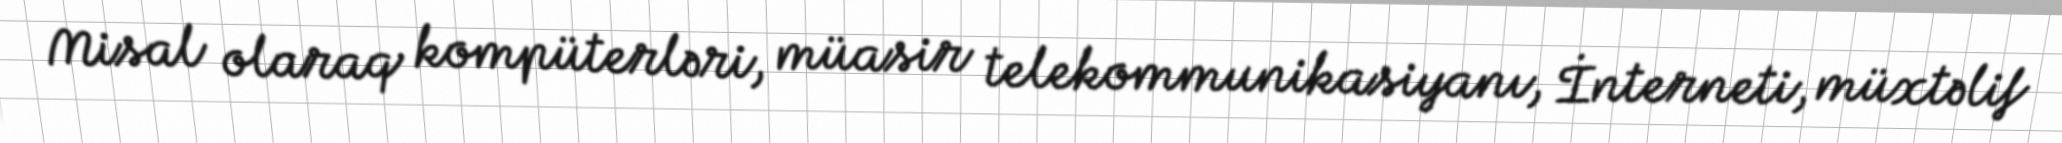
Misal olaraq kompüterləri, müasir telekommunikasiyanı, İnterneti, müxtəlif